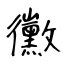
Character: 黴